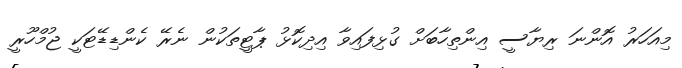
މިއަހަރު އޮންނަ ރިޔާސީ އިންތިހާބަށް ގުޅިފައިވާ އިދިކޮޅު ޕާޓީތަކުން ނެރޭ ކެންޑިޑޭޓަކީ ޖުމްހޫރީ